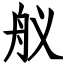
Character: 舣